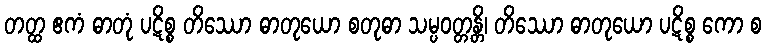
တတ္ထ ဧကံ ဓာတုံ ပဋိစ္စ တိဿော ဓာတုယော စတုဓာ သမ္ပဝတ္တန္တိ၊ တိဿော ဓာတုယော ပဋိစ္စ ကော စ